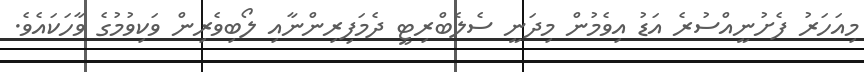
މިއަހަރު ފެށުނީއްސުރެ އަޑު އިވެމުން މިދަނީ ސެލެބްރިޓީ ދެމަފިރިންނާއި ލޯބިވެރިން ވަކިވުމުގެ ވާހަކައެވެ.